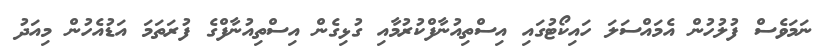
ނަމަވެސް ފުލުހުން އެމައްސަލަ ހައިކޯޓުގައި އިސްތިއުނާފްކުރުމާއި ގުޅިގެން އިސްތިއުނާފްގެ ފުރަތަމަ އަޑުއެހުން މިއަދު